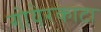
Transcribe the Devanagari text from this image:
गोयेरकाटा